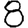
Digit: 8